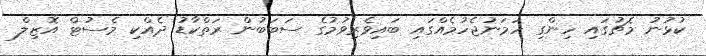
ކުޅުނު މެޗުގައި ހިންގި ހަމަނުޖެހުމެއްގައި ބައިވެރިވުމުގެ ސަބަބުން ރަތްކާޑު ދެއްކި މެސުޓް އޮޒިލް